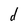
Character: d